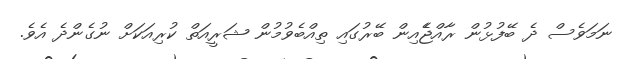
ނަމަވެސް ދެ ބޭފުޅުން ރާއްޖެެއިން ބޭރުގައި ތިއްބެވުމުން ޝަރީއަތް ކުރިއަކަށް ނުގެންދެ އެވެ.